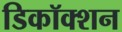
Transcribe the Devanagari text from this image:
डिकॉक्शन